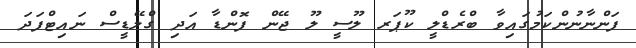
ފަންނާނުންކަމުގައިވާ ބްރެޑްލީ ކޫޕަރ ލޫސީ ލޫ ޖޭން ފޮންޑާ އަދި ގްލޭޑީސް ނައިޓްފަދަ